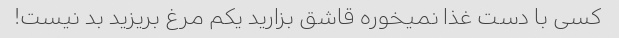
کسی با دست غذا نمیخوره قاشق بزارید یکم مرغ بریزید بد نیست!